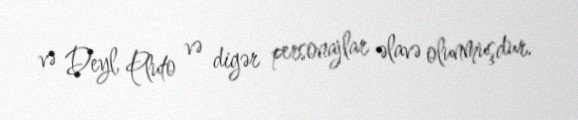
və Deyl, Pluto və digər personajlar əlavə olunmuşdur.